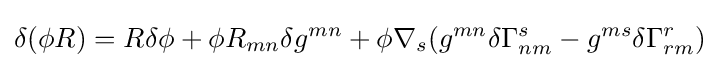
\delta (\phi R)=R\delta \phi +\phi R_{mn}\delta g^{mn}+\phi \nabla _{s}(g^{mn}\delta \Gamma _{nm}^{s}-g^{ms}\delta \Gamma _{rm}^{r})